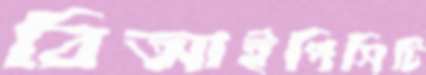
বিআইপিসিটি